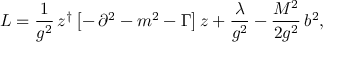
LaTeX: { \cal L } = \frac { 1 } { g ^ { 2 } } \, z ^ { \dagger } \left[ - \, \partial ^ { 2 } - m ^ { 2 } - \Gamma \right] z + \frac { \lambda } { g ^ { 2 } } - \frac { M ^ { 2 } } { 2 g ^ { 2 } } \, b ^ { 2 } ,